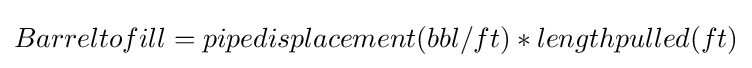
Barreltofill=pipedisplacement(bbl/ft)*lengthpulled(ft)